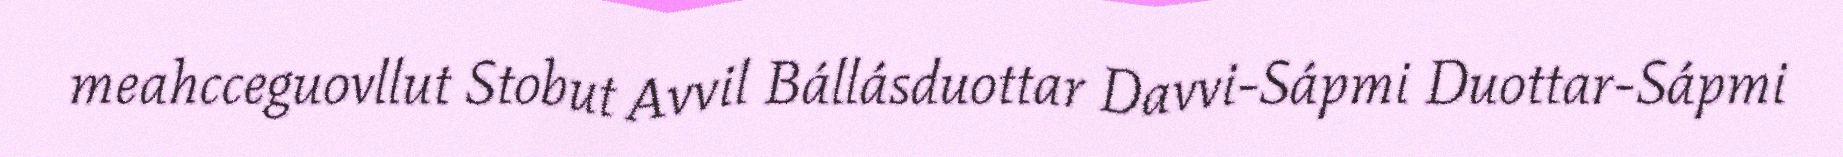
meahcceguovllut Stobut Avvil Bállásduottar Davvi-Sápmi Duottar-Sápmi